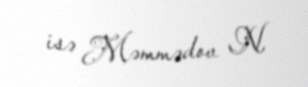
isə Məmmədov N.